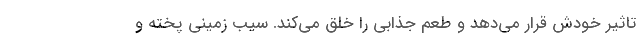
تاثیر خودش قرار می‌دهد و طعم جذابی را خلق می‌کند. سیب زمینی پخته و